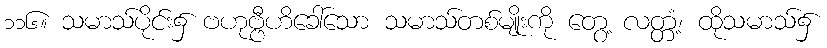
၁၁၆။ သမာသ်ပိုင်း၌ ဗဟုဗ္ဗီဟိခေါ်သော သမာသ်တစ်မျိုးကို တွေ့ လတ္တံ့၊ ထိုသမာသ်၌